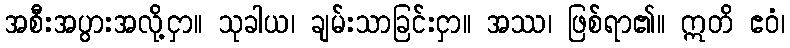
အစီးအပွားအလို့ငှာ။ သုခါယ၊ ချမ်းသာခြင်းငှာ။ အဿ၊ ဖြစ်ရာ၏။ ဣတိ ဧဝံ၊